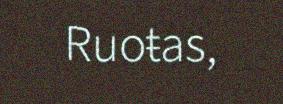
Ruoŧas,